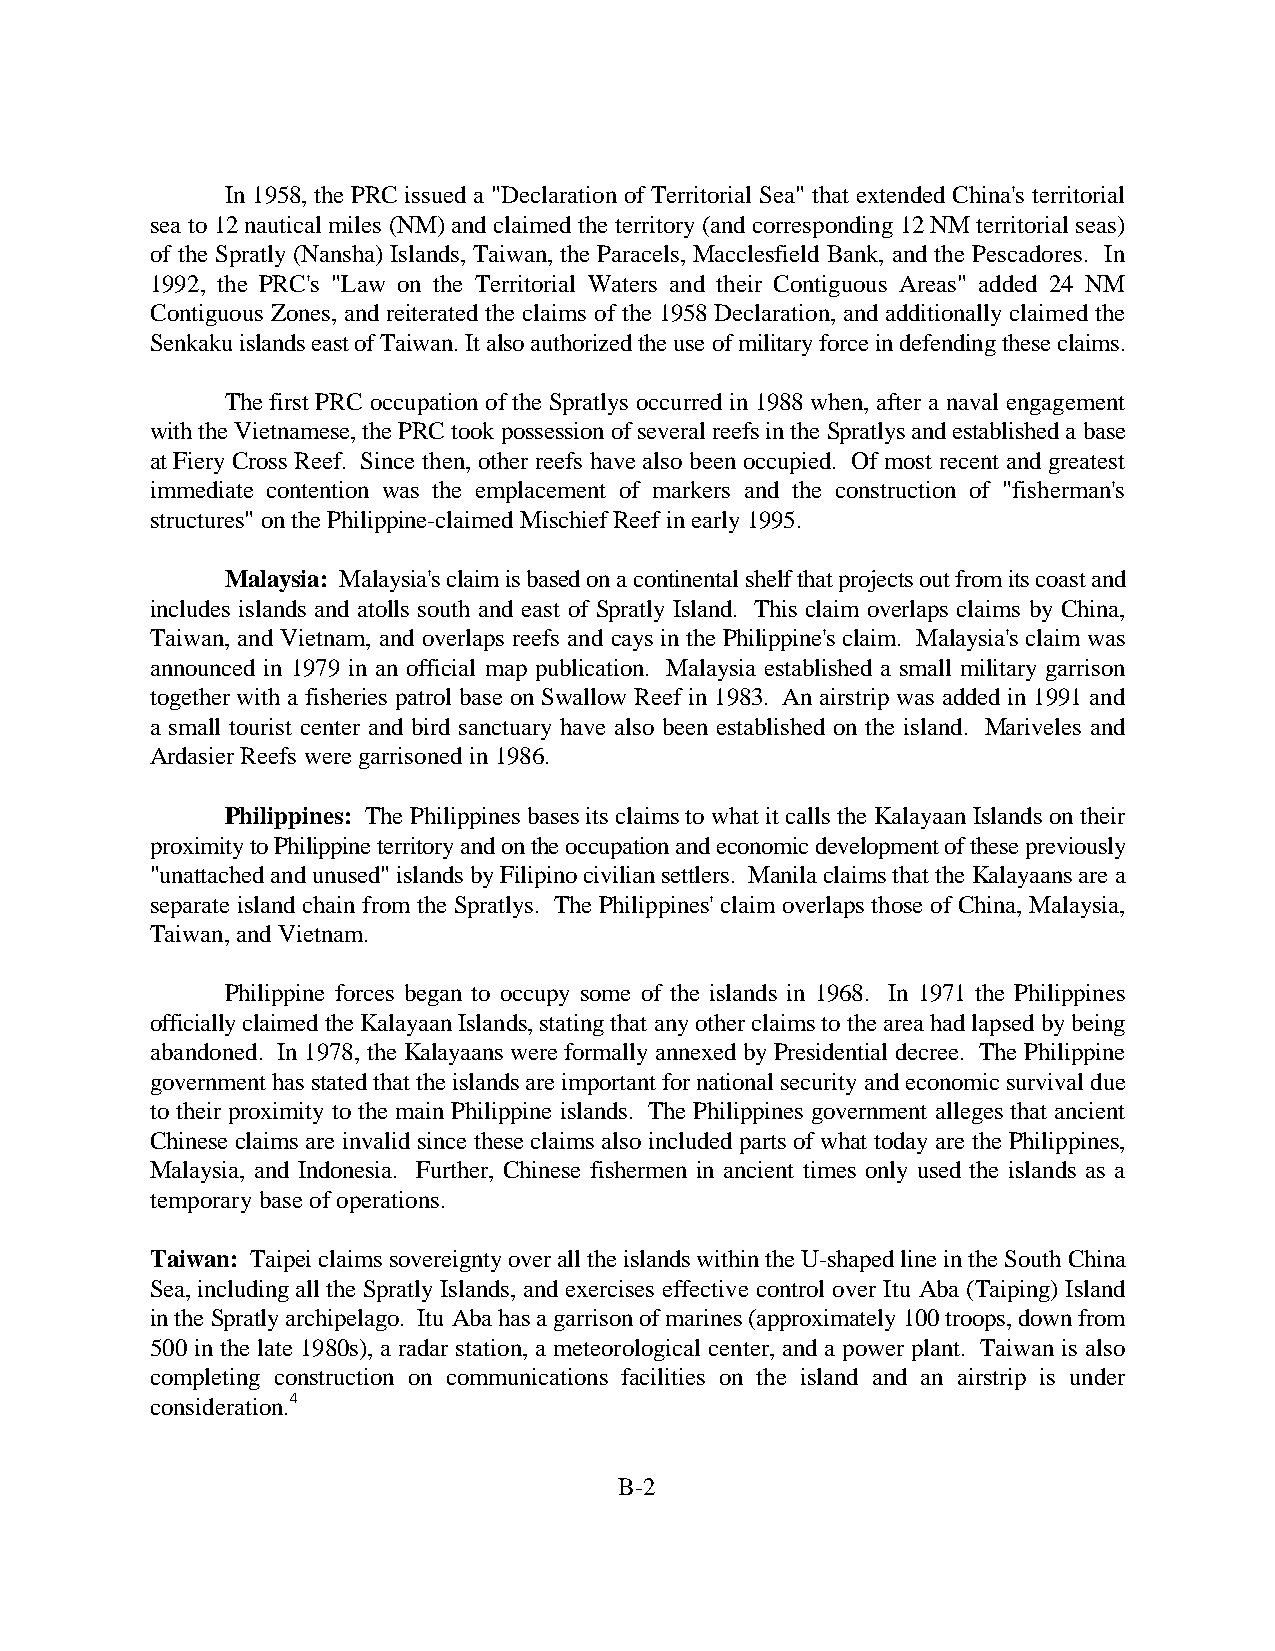
In 1958, the PRC issued a "Declaration of Territorial Sea" that extended China's territorial
 sea to 12 nautical miles (NM) and claimed the territory (and corresponding 12 NM territorial seas)
 of the Spratly (Nansha) Islands, Taiwan, the Paracels, Macclesfield Bank, and the Pescadores. In
 1992, the PRC's "Law on the Territorial Waters and their Contiguous Areas" added 24 NM
 Contiguous Zones, and reiterated the claims of the 1958 Declaration, and additionally claimed the
 Senkaku islands east of Taiwan. It also authorized the use of military force in defending these claims.
 The first PRC occupation of the Spratlys occurred in 1988 when, after a naval engagement
 with the Vietnamese, the PRC took possession of several reefs in the Spratlys and established a base
 at Fiery Cross Reef. Since then, other reefs have also been occupied. Of most recent and greatest
 immediate contention was the emplacement of markers and the construction of "fisherman's
 structures" on the Philippine-claimed Mischief Reef in early 1995.
 Malaysia: Malaysia's claim is based on a continental shelf that projects out from its coast and
 includes islands and atolls south and east of Spratly Island. This claim overlaps claims by China,
 Taiwan, and Vietnam, and overlaps reefs and cays in the Philippine's claim. Malaysia's claim was
 announced in 1979 in an official map publication. Malaysia established a small military garrison
 together with a fisheries patrol base on Swallow Reef in 1983. An airstrip was added in 1991 and
 a small tourist center and bird sanctuary have also been established on the island. Mariveles and
 Ardasier Reefs were garrisoned in 1986.
 Philippines: The Philippines bases its claims to what it calls the Kalayaan Islands on their
 proximity to Philippine territory and on the occupation and economic development of these previously
 "unattached and unused" islands by Filipino civilian settlers. Manila claims that the Kalayaans are a
 separate island chain from the Spratlys. The Philippines' claim overlaps those of China, Malaysia,
 Taiwan, and Vietnam.
 Philippine forces began to occupy some of the islands in 1968. In 1971 the Philippines
 officially claimed the Kalayaan Islands, stating that any other claims to the area had lapsed by being
 abandoned. In 1978, the Kalayaans were formally annexed by Presidential decree. The Philippine
 government has stated that the islands are important for national security and economic survival due
 to their proximity to the main Philippine islands. The Philippines government alleges that ancient
 Chinese claims are invalid since these claims also included parts of what today are the Philippines,
 Malaysia, and Indonesia. Further, Chinese fishermen in ancient times only used the islands as a
 temporary base of operations.
 Taiwan: Taipei claims sovereignty over all the islands within the U-shaped line in the South China
 Sea, including all the Spratly Islands, and exercises effective control over Itu Aba (Taiping) Island
 in the Spratly archipelago. Itu Aba has a garrison of marines (approximately 100 troops, down from
 500 in the late 1980s), a radar station, a meteorological center, and a power plant. Taiwan is also
 completing construction on communications facilities on the island and an airstrip is under
 consideration.4
 B-2